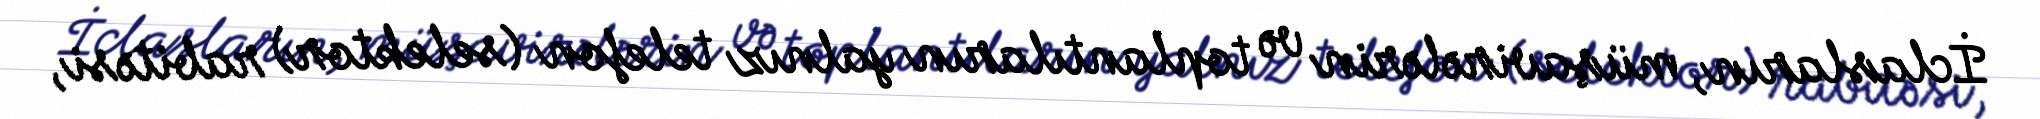
İclasların, müşavirələrin və toplantıların yalnız telefon (selektor) rabitəsi,